Report of the Municipal Commissioner on the plague in Bombay for the year ending 31st May... - Volume 2
Disease focus: Plague
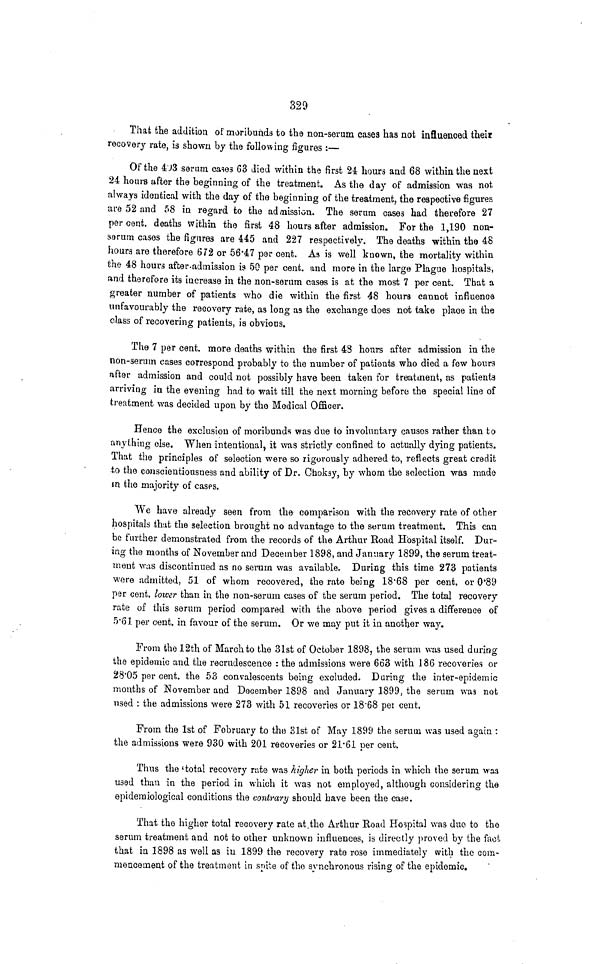
329
That the addition of moribunda to the non-serum cases has not influenced their
recovery rate, is shown by the following figures :—
Of the 493 serum cases 63 died within the first 24 hours and 68 within the next
24 hours after the beginning of the treatment. As the day of admission was not
always identical with the day of the beginning of the treatment, the respective figures
are 52 and 58 in regard to the admission. The serum cases had therefore 27
per cent. deaths within the first 48 hours after admission. For the 1,190 non-
sarum cases the figures are 445 and 227 respectively. The deaths within the 48
hours are therefore 672 or 56.47 per cent. As is well known, the mortality within
the 48 hours after admission is 50 per cent. and more in the large Plague hospitals,
and therefore its increase in the non-serum cases is at the most 7 per cent. That a
greater number of patients who die within the first 48 hours cannot influence
unfavourably the recovery rate, as long as the exchange does not take place in the
class of recovering patients, is obvious.
The 7 per cent. more deaths within the first 48 hours after admission in the
non-serum cases correspond probably to the number of patients who died a few hours
after admission and could not possibly have been taken for treatment, as patient3
arriving in the evening had to wait till the next morning before the special line of
treatment was decided upon by the Medical Officer.
Hence the exclusion of moribunds was due to involuntary causes rather than to
anything else. When intentional, it was strictly confined to actually dying patients.
That the principles of selection were so rigorously adhered to, reflects great credit
to the conscientiousness and ability of Dr. Choksy, by whom the selection was made
in the majority of cases.
We have already seen from the comparison with the recovery rate of other
hospitals that the selection brought no advantage to the serum treatment. This can
be further demonstrated from the records of the Arthur Road Hospital itself. Dur-
ing the months of November and December 1898, and January 1899, the serum treat-
ment was discontinued as no serum was available. During this time 273 patients
were admitted, 51 of whom recovered, the rate being 18.68 per cent. or 0.89
per cent. lower than in the non-serum cases of the serum period. The total recovery
rate of this serum period compared with the above period gives a difference of
5.61 per cent. in favour of the serum. Or we may put it in another way.
From the 12th of March to the 31st of October 1898, the serum was used during
the epidemic and the recrudescence : the admissions were 663 with 186 recoveries or
28.05 per cent. the 53 convalescents being excluded. During the inter-epidemic
months of November and December 1898 and January 1899, the serum was not
used : the admissions were 273 with 51 recoveries or 18.68 per cent.
From the 1st of February to the 31st of May 1899 the serum was used again :
the admissions were 930 with 201 recoveries or 21.61 per cent.
Thus the 'total recovery rate was higher in both periods in which the serum was
used than in the period in which it was not employed, although considering the
epidemiological conditions the contrary should have been the case.
That the higher total recovery rate at the Arthur Road Hospital was due to the
serum treatment and not to other unknown influences, is directly proved by the fact
that in 1898 as well as in 1899 the recovery rate rose immediately with the com-
mencement of the treatment in spite of the synchronous rising of the epidemic.